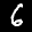
Label: 6